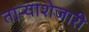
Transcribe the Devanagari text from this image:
ताऱ्याशेजारी